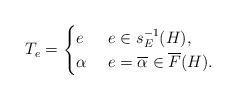
LaTeX: \begin{align*}T_e & = \begin{cases}e & \ e\in s^{-1}_E(H),\\\alpha & \ e=\overline{\alpha}\in \overline{F}(H). \end{cases}\end{align*}